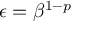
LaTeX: \epsilon = \beta ^ { 1 - p }